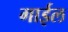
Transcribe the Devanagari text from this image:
गाईल